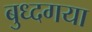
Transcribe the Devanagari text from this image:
बुध्दगया